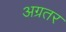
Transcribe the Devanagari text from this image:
अग्रतर